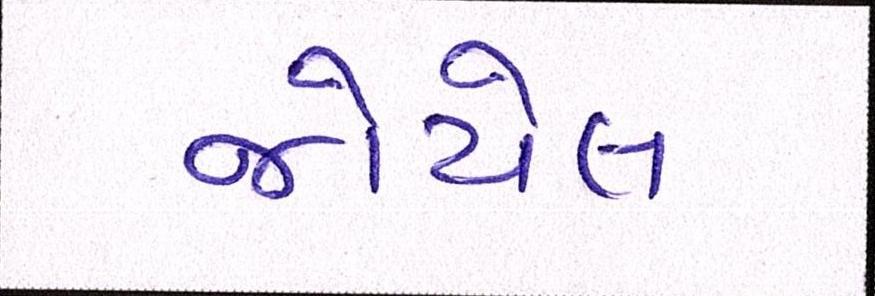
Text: જોયેલ